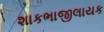
શાકભાજીલાયક